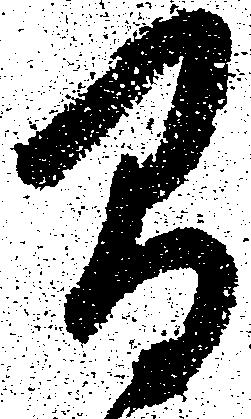
間